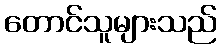
တောင်သူများသည်